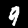
Label: 9